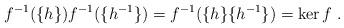
LaTeX: \begin{align*}f^{-1}(\{h\})f^{-1}(\{h^{-1}\})=f^{-1}(\{h\}\{h^{-1}\})=\ker f\;.\end{align*}